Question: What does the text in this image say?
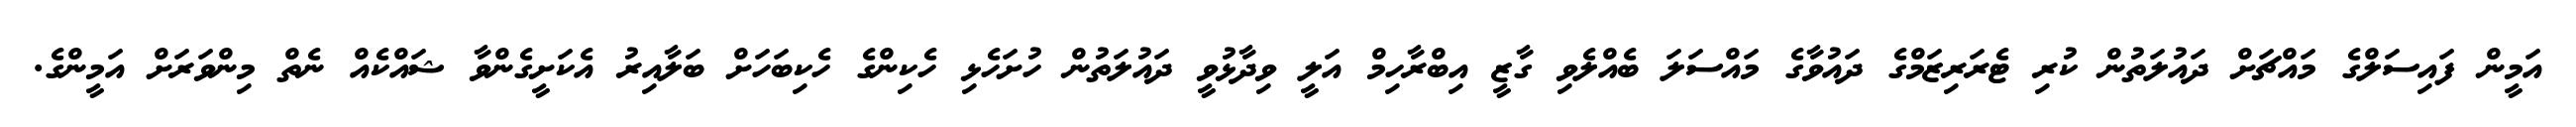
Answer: އަމީން ފައިސަލްގެ މައްޗަށް ދައުލަތުން ކުރި ޓެރަރިޒަމްގެ ދައުވާގެ މައްސަލަ ބެއްލެވި ގާޒީ އިބްރާހިމް އަލީ ވިދާޅުވީ ދައުލަތުން ހުށަހެޅި ހެކިންގެ ހެކިބަހަށް ބަލާއިރު އެކަށީގެންވާ ޝައްކެއް ނެތް މިންވަރަށް އަމީންގެ.